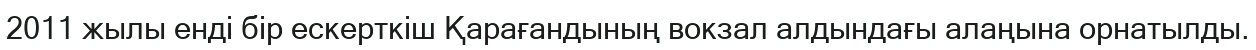
2011 жылы енді бір ескерткіш Қарағандының вокзал алдындағы алаңына орнатылды.